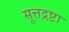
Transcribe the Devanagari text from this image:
सूत्तद्रष्टा